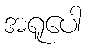
အရူပေါ